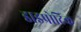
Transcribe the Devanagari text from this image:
डाइप्रोटिक